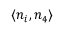
\left< { n _ { i } , n _ { 4 } } \right>